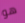
هو